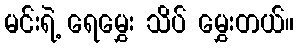
မင်းရဲ့ ရေမွှေး သိပ် မွှေးတယ်။